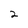
Character: 2